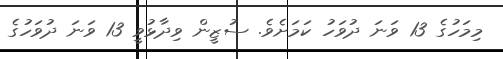
މިމަހުގެ 13 ވަނަ ދުވަހު ކަމަށެވެ. ސުޒީން ވިދާޅުވީ 13 ވަނަ ދުވަހުގެ